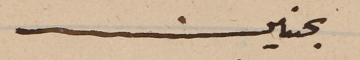
بحنين